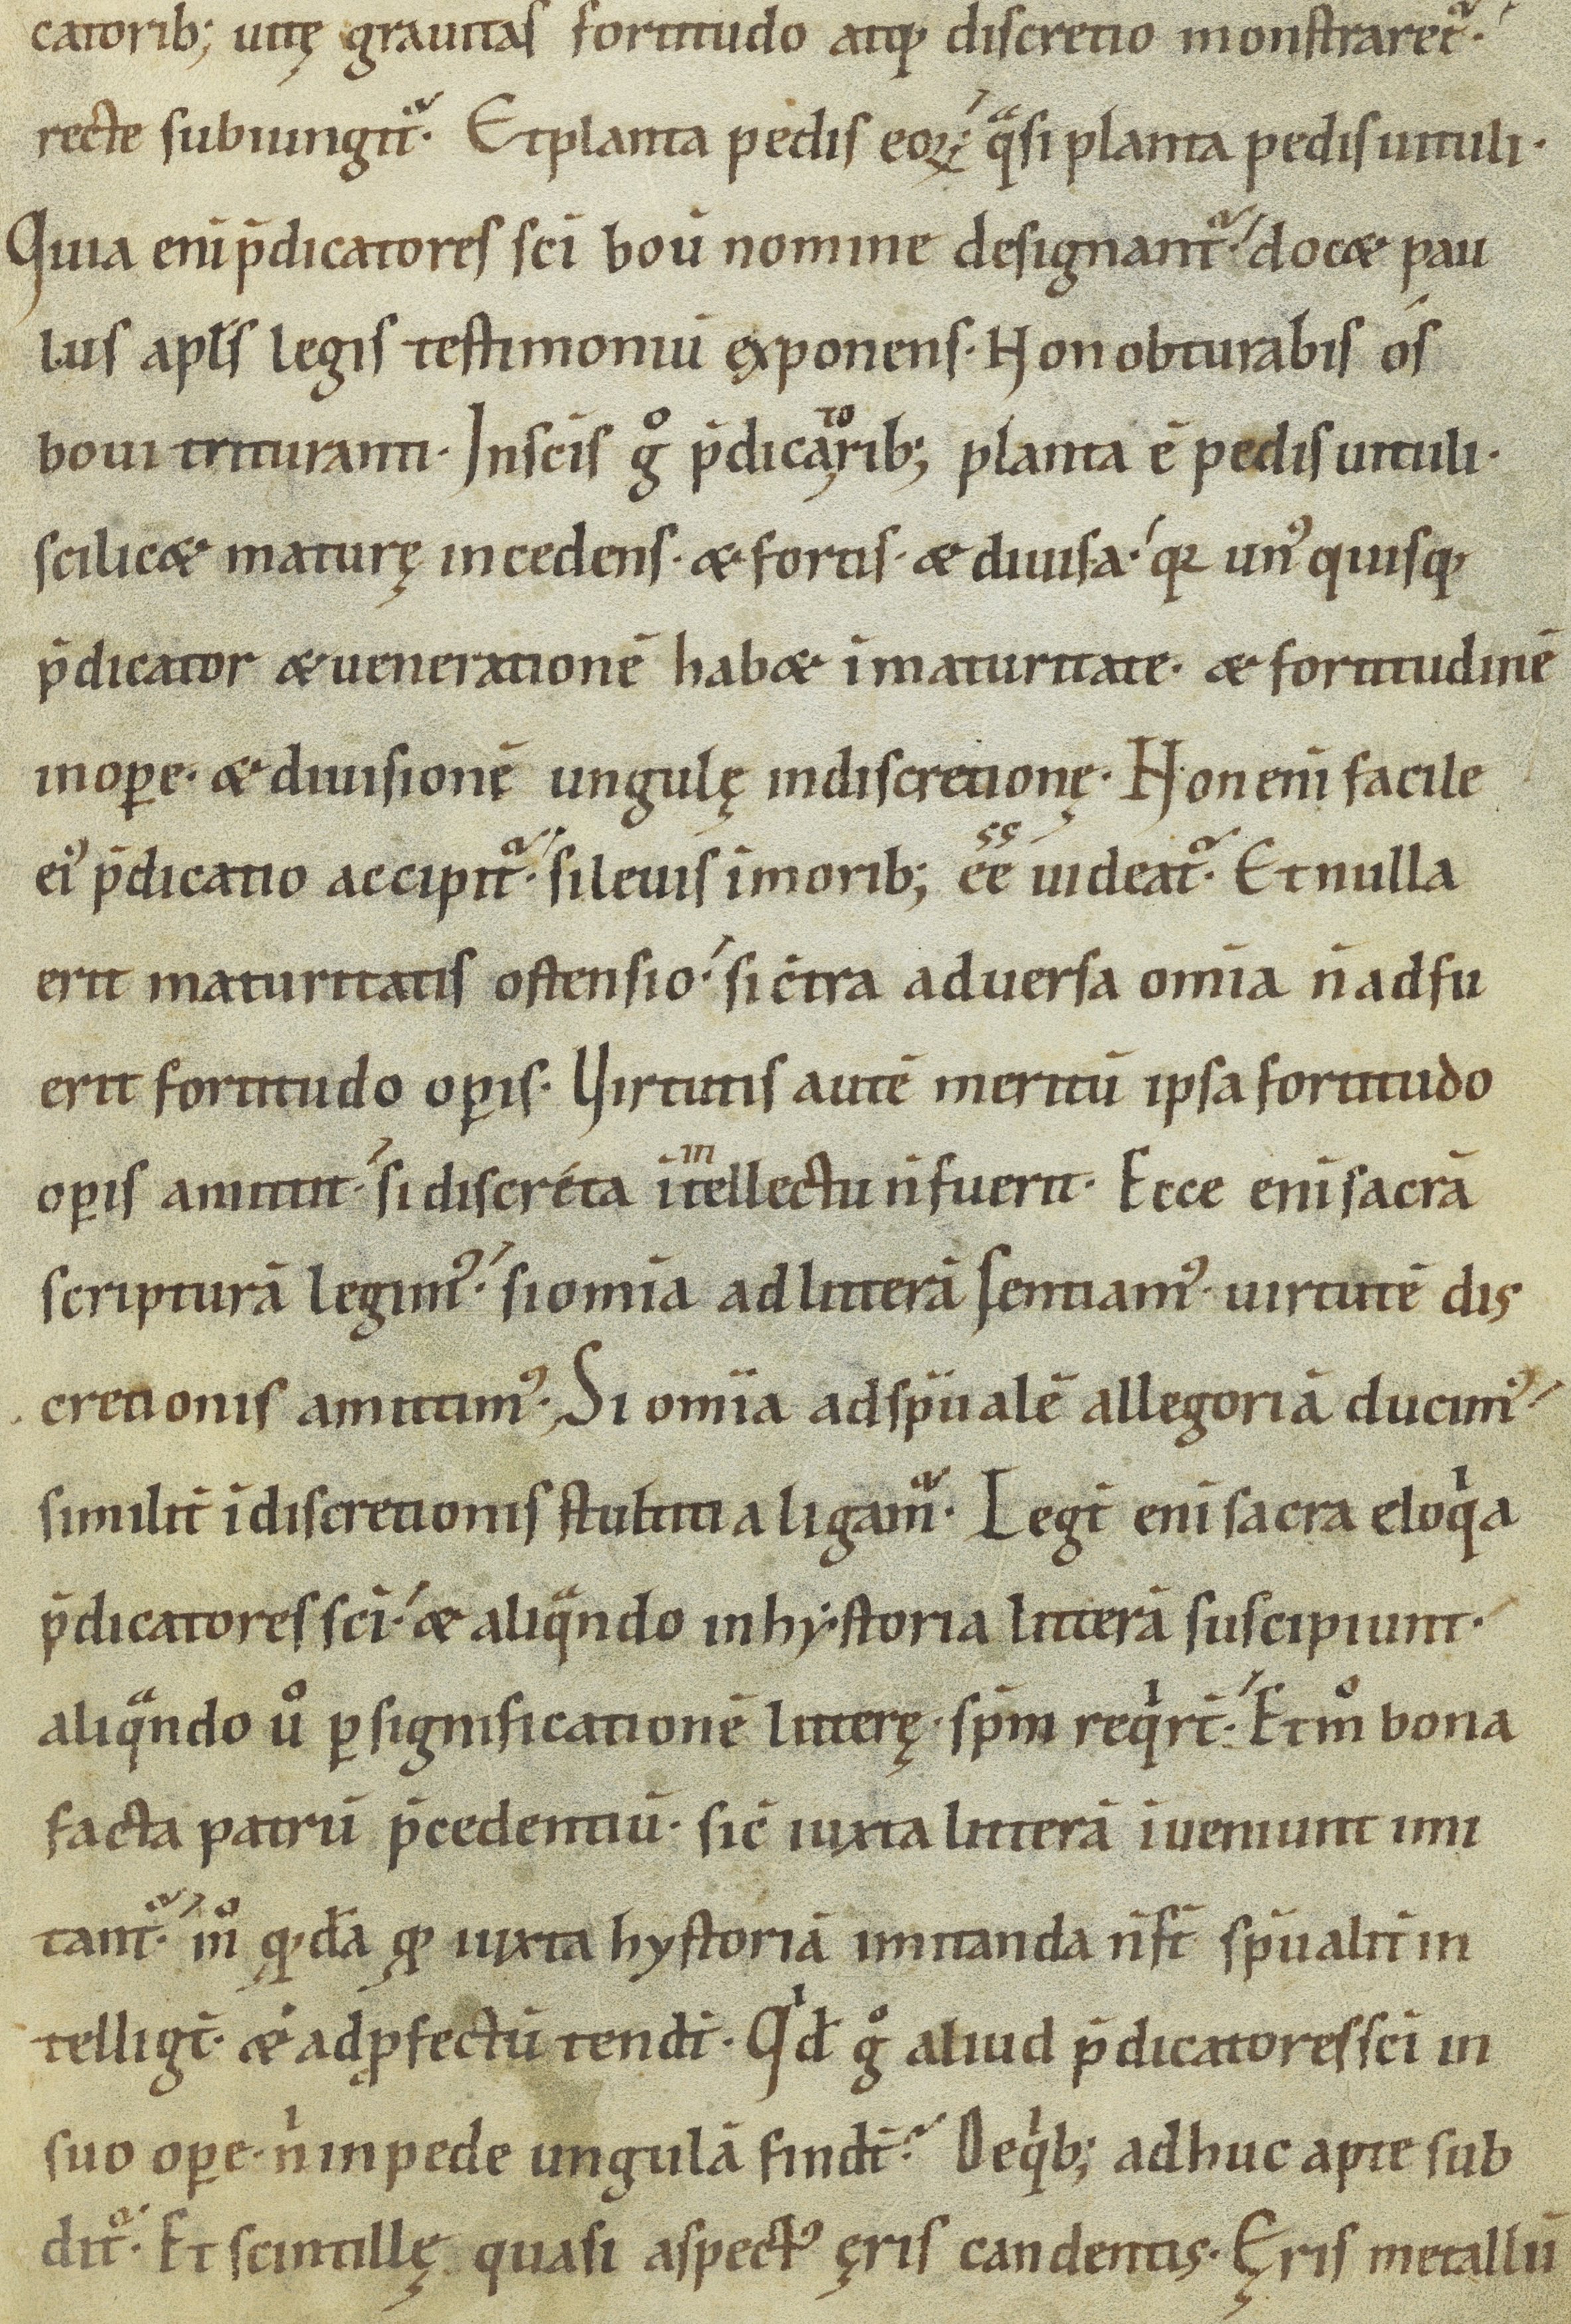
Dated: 1000–1099